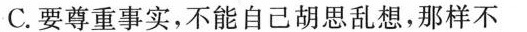
C.要尊重事实，不能自己胡思乱想，那样不